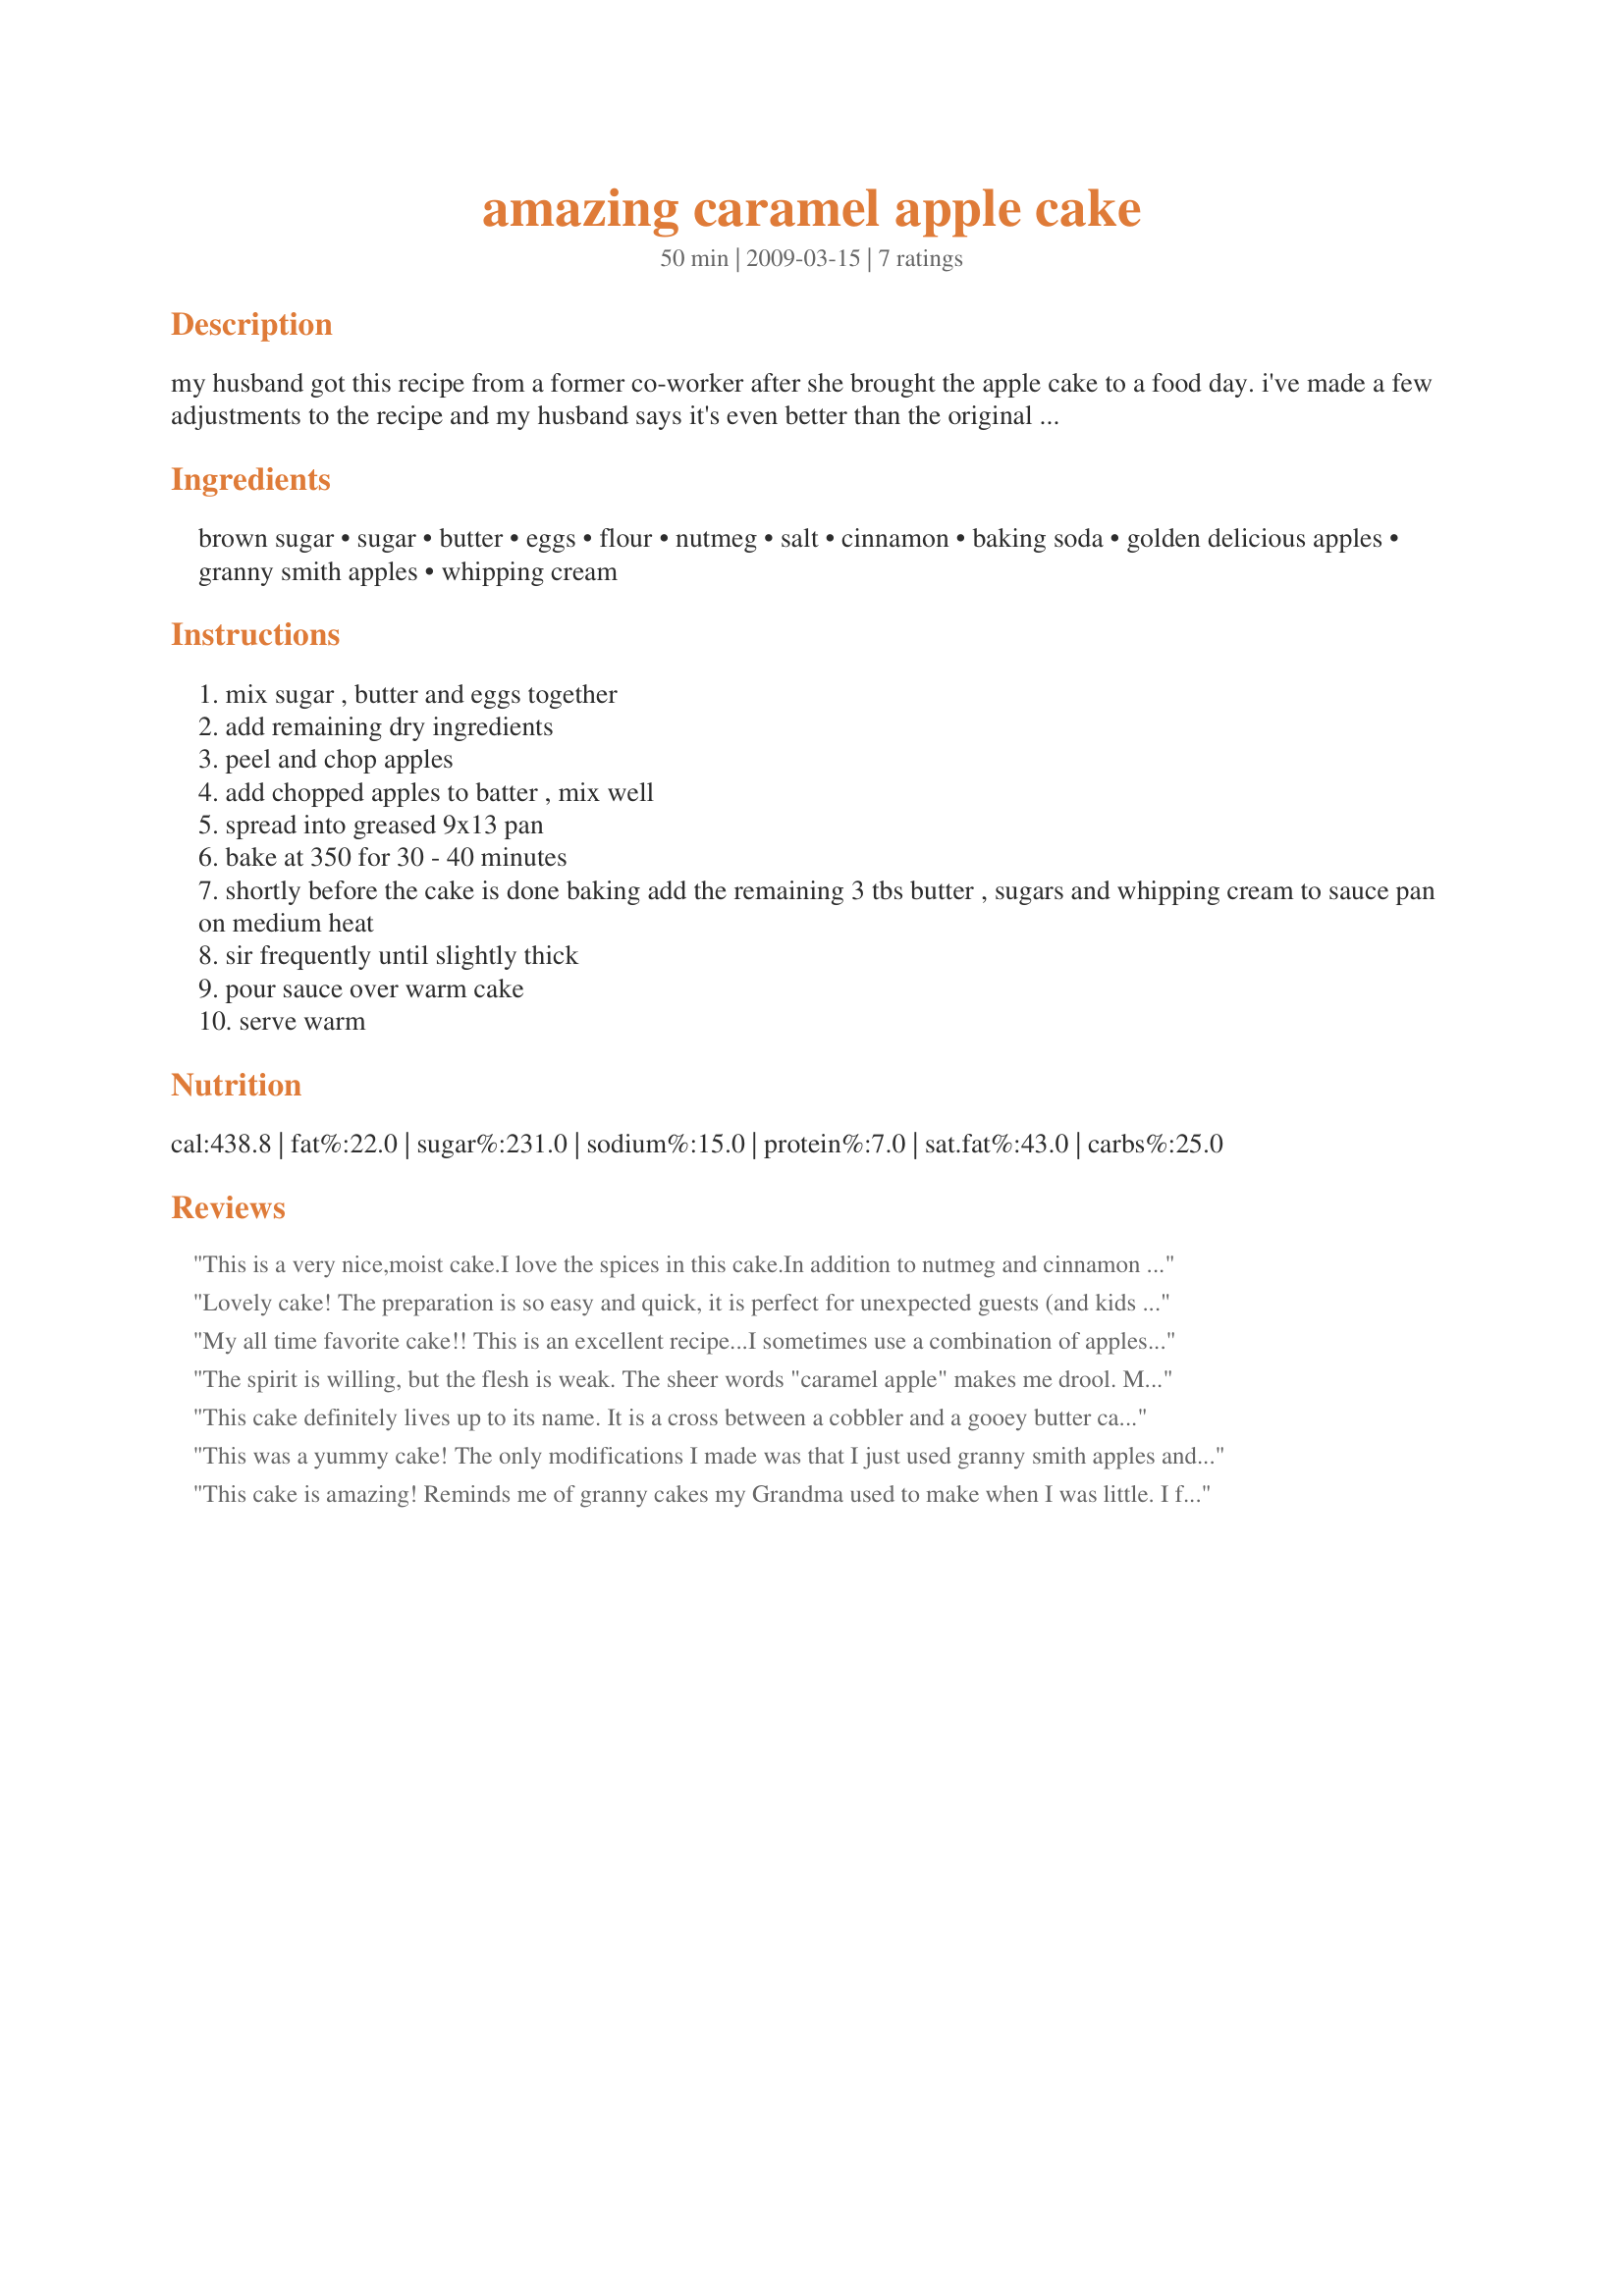
amazing caramel apple cake
Preparation time: 50 minutes

my husband got this recipe from a former co-worker after she brought the apple cake to a food day. i've made a few adjustments to the recipe and my husband says it's even better than the original (maybe he's just being nice?). either way, every time we've made it our guests love it and almost always have more than one piece. you can serve with whipped topping or ice cream.

Ingredients:
brown sugar, sugar, butter, eggs, flour, nutmeg, salt, cinnamon, baking soda, golden delicious apples, granny smith apples, whipping cream

Steps:
mix sugar , butter and eggs together
add remaining dry ingredients
peel and chop apples
add chopped apples to batter , mix well
spread into greased 9x13 pan
bake at 350 for 30 - 40 minutes
shortly before the cake is done baking add the remaining 3 tbs butter , sugars and whipping cream to sauce pan on medium heat
sir frequently until slightly thick
pour sauce over warm cake
serve warm

Reviews:
This is a very nice,moist cake.I love the spices in this cake.In addition to nutmeg and cinnamon I also added 1/2 tsp cloves and 1 tsp vanilla.I only used 3 apples and found that was plenty for me.I reduced the brown sugar to just 1 cup and it was fine.And I didn't make the caramel sauce,the cake itself is good enough without it!
Lovely cake! The preparation is so easy and quick, it is perfect for unexpected guests (and kids enjoy making it). I used wholewheat flour and it turned out great. The cake had such taste of caramel, that I served it with whipped cream rather than caramel sauce. Thank you!
My all time favorite cake!! This is an excellent recipe...I sometimes use a combination of apples. Delicious!
The spirit is willing, but the flesh is weak. The sheer words "caramel apple" makes me drool. Made for Alphabet Soup Tag.
This cake definitely lives up to its name. It is a cross between a cobbler and a gooey butter cake and it was a huge hit at my Church potluck dinner tonight. Even my husband loved the cake and he is not really an apple fan. Thanks for the post. Made this dish for PAC, 2011.
This was a yummy cake! The only modifications I made was that I just used granny smith apples and only 3 since that is what I had on hand. I also doubled the carmel sauce since I served it with vanilla ice cream on the side and put the carmel sauce on both. I used my family as guinea pigs and they gave it rave reviews. I will definately make this again. <br/>Made for Fall PAC 2012.
This cake is amazing! Reminds me of granny cakes my Grandma used to make when I was little. I followed the recipe exactly...
